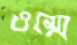
ওম্মে